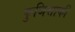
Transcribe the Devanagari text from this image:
फुजिसाकी